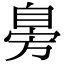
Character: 𦤔